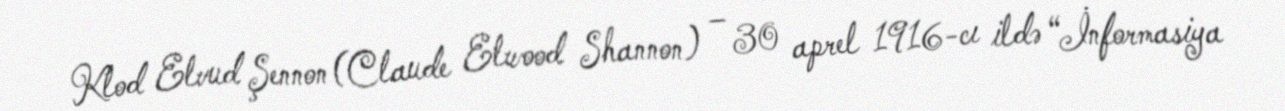
Klod Elvud Şennon (Claude Elwood Shannon) – 30 aprel 1916-cı ildə “İnformasiya